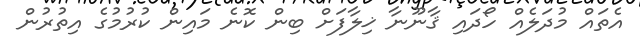
އެތައް މުދަލެއް ހޯދައި ޤާނޫނާ ޚިލާފަށް ބިން ކޮނެ މައިން ކުރުމުގެ އިތުރުން